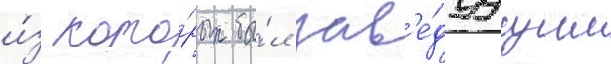
и́з кото́рых бы́л зав'е́дуущим